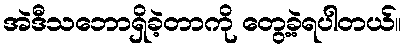
အဲဒီသဘောရှိခဲ့တာကို တွေ့ခဲ့ရပါတယ်။